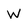
Character: W